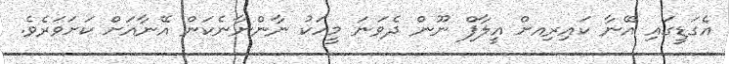
އެގަޑީގައި އޭނާ ކައިރިއށް އީލާފް ނޫން ދެވަނަ މީހަކު ނާންނާނެކަން އޭނާއަށް ކަށަވަރެވެ.